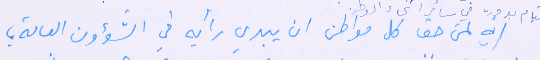
انه لمن حق كل مواطن ان يبدي رأيه في الشؤون العامة ؛